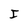
Character: I